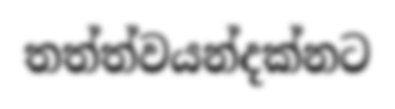
තත්ත්වයන්දක්නට